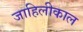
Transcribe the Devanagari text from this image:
जाहिलीकाल